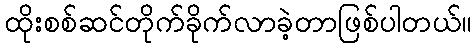
ထိုးစစ်ဆင်တိုက်ခိုက်လာခဲ့တာဖြစ်ပါတယ်။